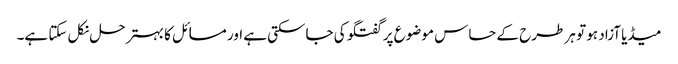
میڈیا آزاد ہو تو ہر طرح کے حساس موضوع پر گفتگو کی جاسکتی ہے اور مسائل کا بہتر حل نکل سکتا ہے۔